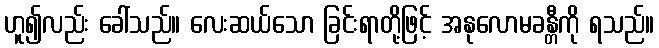
ဟူ၍လည်း ခေါ်သည်။ လေးဆယ်သော ခြင်းရာတို့ဖြင့် အနုလောမခန္တီကို ရသည်။